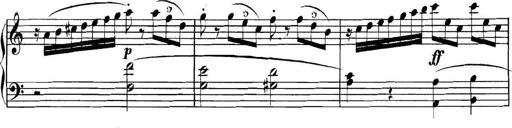
Title: Collected Piano Sonatas
Composer: Muzio Clementi